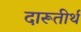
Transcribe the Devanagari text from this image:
दारूतीर्थ